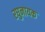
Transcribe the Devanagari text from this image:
रघुनायक